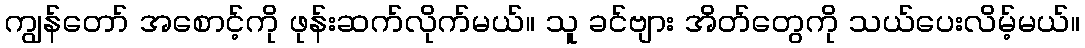
ကျွန်တော် အစောင့်ကို ဖုန်းဆက်လိုက်မယ်။ သူ ခင်ဗျား အိတ်တွေကို သယ်ပေးလိမ့်မယ်။